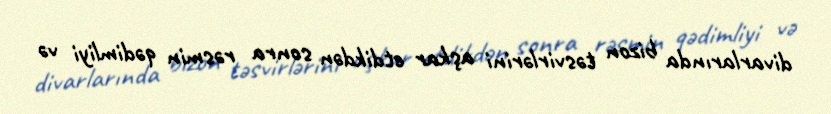
divarlarında bizon təsvirlərini aşkar etdikdən sonra rəsmin qədimliyi və